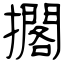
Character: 擱